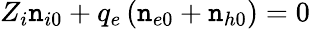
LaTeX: Z_{i}\mathtt{n}_{i0}+q_{e}\left(\mathtt{n}_{e0}+\mathtt{n}_{h0}\right)=0